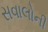
સવાલોની